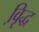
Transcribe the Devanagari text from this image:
वृि़द्ध